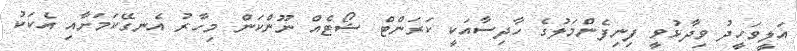
އަލީވަހީދު ވިދާޅުވީ ފިނިފެންމަލުގެ ހާދިސާއަކީ ކަރަންޓް ޝޯޓެއް ނޫންކަން މިހާރު އެނގޭކަމަށާއި އެކަކު